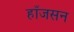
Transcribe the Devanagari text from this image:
हाँजसन